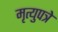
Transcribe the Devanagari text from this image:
मृत्युपत्रे